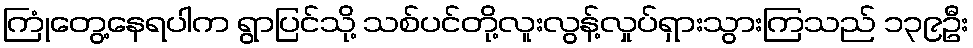
ကြုံတွေ့နေရပါက ရွာပြင်သို့ သစ်ပင်တို့လူးလွန့်လှုပ်ရှားသွားကြသည် ၁၃၉ဦး